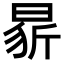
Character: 𭦢